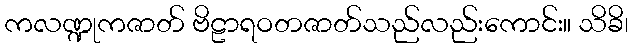
ကလဏ္ဍုကဇာတ် ဗိဠာရဝတဇာတ်သည်လည်းကောင်း။ သိခိ၊